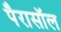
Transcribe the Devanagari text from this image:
पैरासॉल